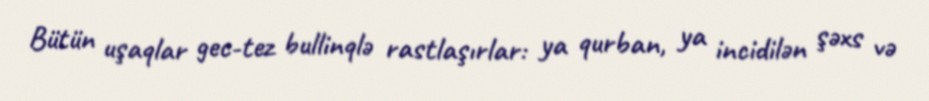
Bütün uşaqlar gec-tez bullinqlə rastlaşırlar: ya qurban, ya incidilən şəxs və